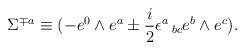
LaTeX: \begin{align*}\Sigma^{{\mp}a} \equiv (-e^{0}\wedge e^{a} \pm {i \over 2}\epsilon^a\,_{bc}e^b \wedge e^c).\end{align*}